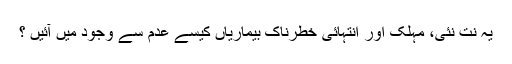
یہ نت نئی، مہلک اور انتہائی خطرناک بیماریاں کیسے عدم سے وجود میں آئیں ؟